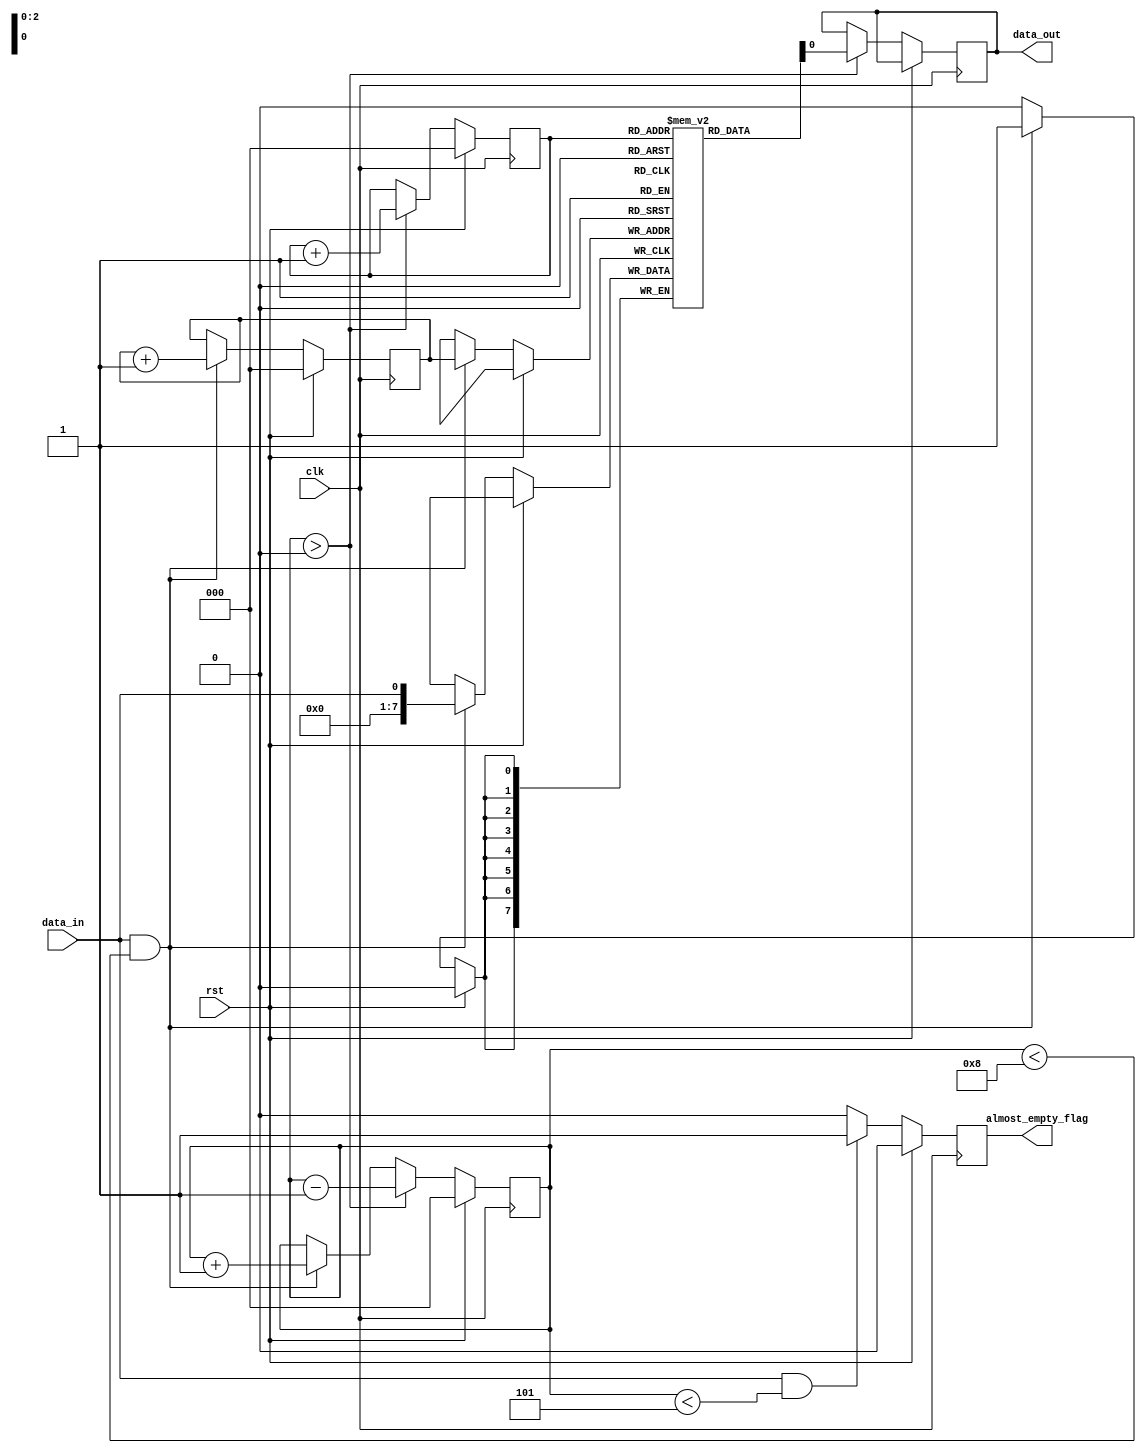
module almost_empty_fifo (
    input wire clk,
    input wire rst,
    input wire data_in,
    output reg data_out,
    output reg almost_empty_flag
);

reg [7:0] fifo_buffer [0:7]; // FIFO buffer with depth of 8
reg [2:0] write_ptr = 0; // write pointer
reg [2:0] read_ptr = 0; // read pointer
reg [2:0] fifo_count = 0; // count of elements in FIFO buffer

always @(posedge clk) begin
    if (rst) begin
        write_ptr <= 0;
        read_ptr <= 0;
        fifo_count <= 0;
        almost_empty_flag <= 0;
    end else begin
        if (data_in && (fifo_count < 5)) begin // trigger almost empty flag if buffer reaches a low threshold
            almost_empty_flag <= 1;
        end else begin
            almost_empty_flag <= 0;
        end
        
        if (data_in && (fifo_count < 8)) begin
            fifo_buffer[write_ptr] <= data_in;
            write_ptr <= write_ptr + 1;
            fifo_count <= fifo_count + 1;
        end
        
        if (fifo_count > 0) begin
            data_out <= fifo_buffer[read_ptr];
            read_ptr <= read_ptr + 1;
            fifo_count <= fifo_count - 1;
        end
    end
end

endmodule